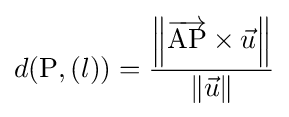
d(\mathrm {P} ,(l))={\frac {\left\|{\overrightarrow {\mathrm {AP} }}\times {\vec {u}}\right\|}{\|{\vec {u}}\|}}